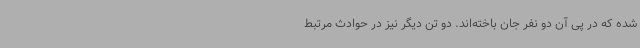
شده که در پی آن دو نفر جان باخته‌اند. دو تن دیگر نیز در حوادث مرتبط